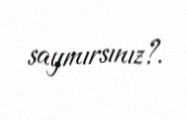
saymırsınız?.